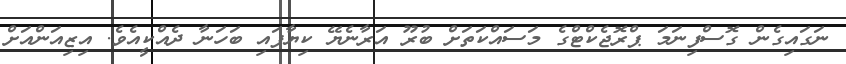
ނަގައިގެން ގޮސްފިނަމަ ޕްރޮޖެކްޓްގެ މަސައްކަތަށް ބުރޫ އަރާނެޔޭ ކިޔާފައި ބަހަނާ ދެއްކީއެވެ. އިޒިއަންއަށް